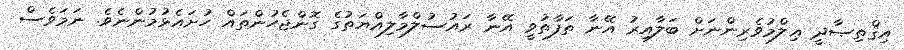
އިޤްތިޞާދީ ޢިލްމުވެރިންނަށް ބަލާއިރު އޭނާ ތަފާތުވީ އޭނާ ރައުސުލްމާލިއްޔަތުގެ ގޮންޖެހުންތައް ހުށައެޅުމުންނެވެ. ނަމަވެސް